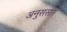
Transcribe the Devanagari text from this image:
अनुससार